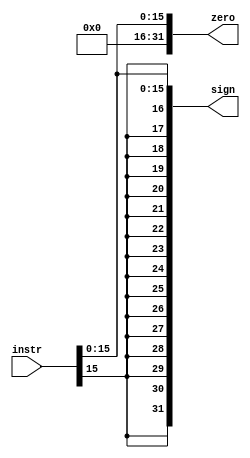
`timescale 1ns / 1ps
//////////////////////////////////////////////////////////////////////////////////
// Company: 
// Engineer: 
// 
// Design Name: 
// Module Name:    extension 
// Project Name: 
// Target Devices: 
// Tool versions: 
// Description: 
//
// Dependencies: 
//
// Revision: 
// Revision 0.01 - File Created
// Additional Comments: 
//
//////////////////////////////////////////////////////////////////////////////////
module extension_ID(
    input [31:0] instr,
    output [31:0] zero,
	 output [31:0] sign
    );
	wire[15:0]offset;
	assign offset=instr[15:0];
	assign zero={16'b0000_0000_0000_0000,offset};
	assign sign={{16{offset[15]}},offset};
	

endmodule